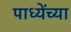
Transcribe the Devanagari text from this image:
पाध्येंच्या